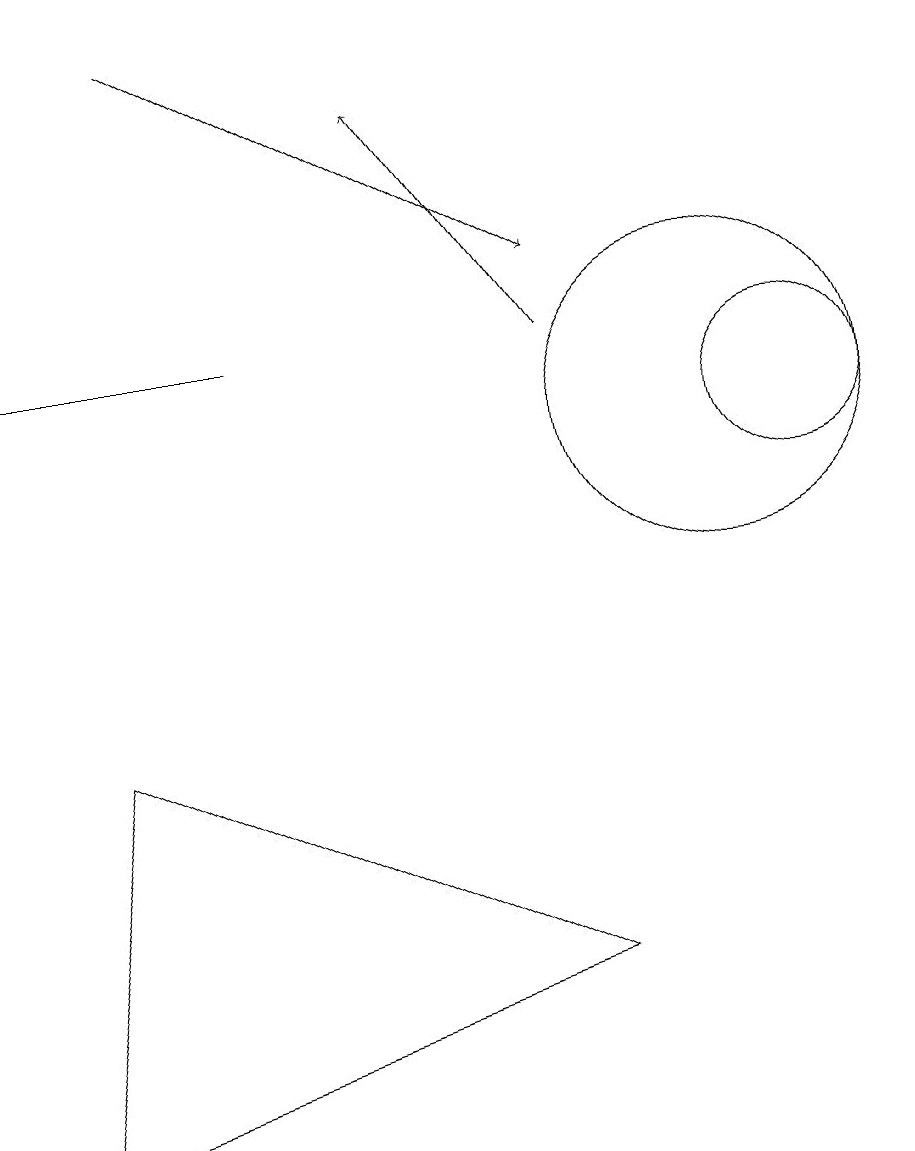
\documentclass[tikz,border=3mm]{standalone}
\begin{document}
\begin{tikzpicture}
\draw[->] (3,16) -- (8,13);
\draw (2,7) -- (1,2) -- (8,4) -- cycle;
\draw (4,12) rectangle (1,12);
\draw (10,11) circle (2);
\draw[->] (8,12) -- (6,15);
\draw (11,11) circle (1);
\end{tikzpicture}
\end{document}